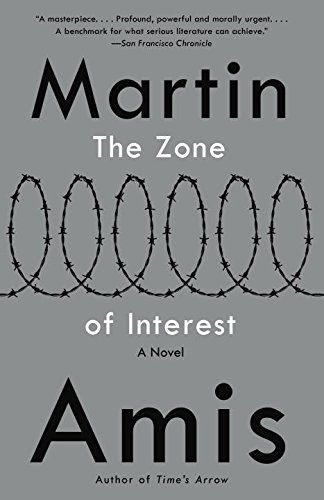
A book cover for The Zone of Interest (Vintage International); Martin Amis; Literature & Fiction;